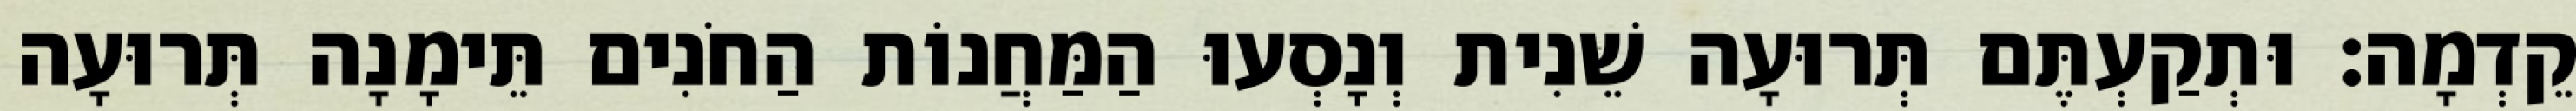
קֵדְמָה׃ וּתְקַעְתֶּם תְּרוּעָה שֵׁנִית וְנָסְעוּ הַמַּחֲנוֹת הַחֹנִים תֵּימָנָה תְּרוּעָה